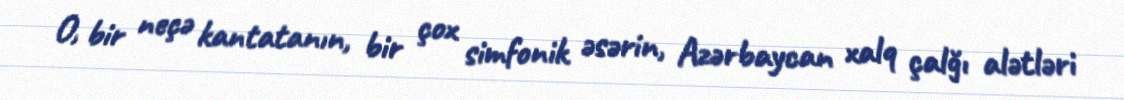
O, bir neçə kantatanın, bir çox simfonik əsərin, Azərbaycan xalq çalğı alətləri